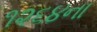
૧૨૬૪ના